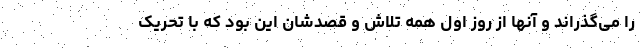
را می‌گذراند و آنها از روز اول همه تلاش و قصدشان این بود که با تحریک